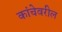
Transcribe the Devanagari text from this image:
कांचेवरील